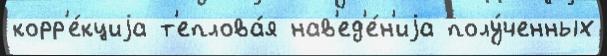
корр'е́кциjа т'еплова́я нав'ед'е́н'иjа полу́ченных